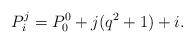
LaTeX: \begin{align*}P_i^j=P_0^0+j(q^2+1)+i.\end{align*}